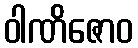
ဝါဏိဇောဝ